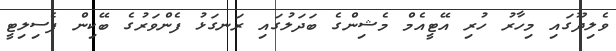
ވެލިދޫގައި މިހާރު ހުރި އޭޓީއެމް މެޝިންގެ ބަދަލުގައި ރަނގަޅު ފެންވަރުގެ ބޭކިން ފެސިލިޓީ